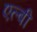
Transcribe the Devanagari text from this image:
एल्बी